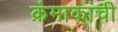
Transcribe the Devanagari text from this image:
क्रंमाकांची